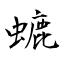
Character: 螰